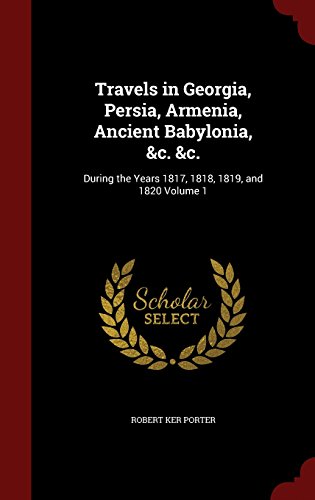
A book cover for Travels in Georgia, Persia, Armenia, Ancient Babylonia, &c. &c.: During the Years 1817, 1818, 1819, and 1820 Volume 1; Robert Ker Porter; Travel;